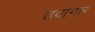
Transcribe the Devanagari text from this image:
तवागारं